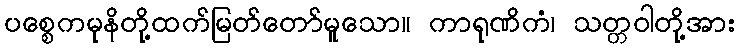
ပစ္စေကမုနိတို့ထက်မြတ်တော်မူသော။ ကာရုဏိကံ၊ သတ္တဝါတို့အား